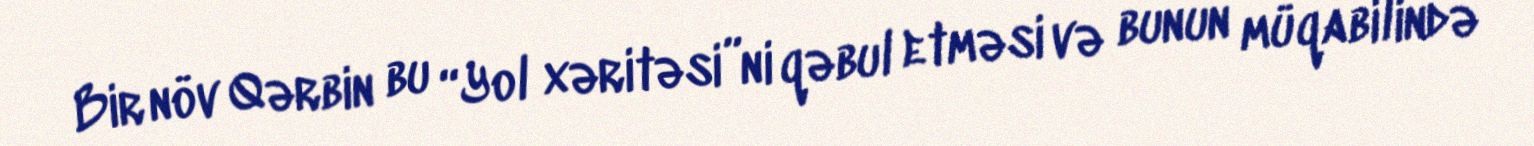
Bir növ Qərbin bu “Yol xəritəsi”ni qəbul etməsi və bunun müqabilində